65_HS1-834228961_62-HQ-83894_Section_9
Agency: FBI
Page 147
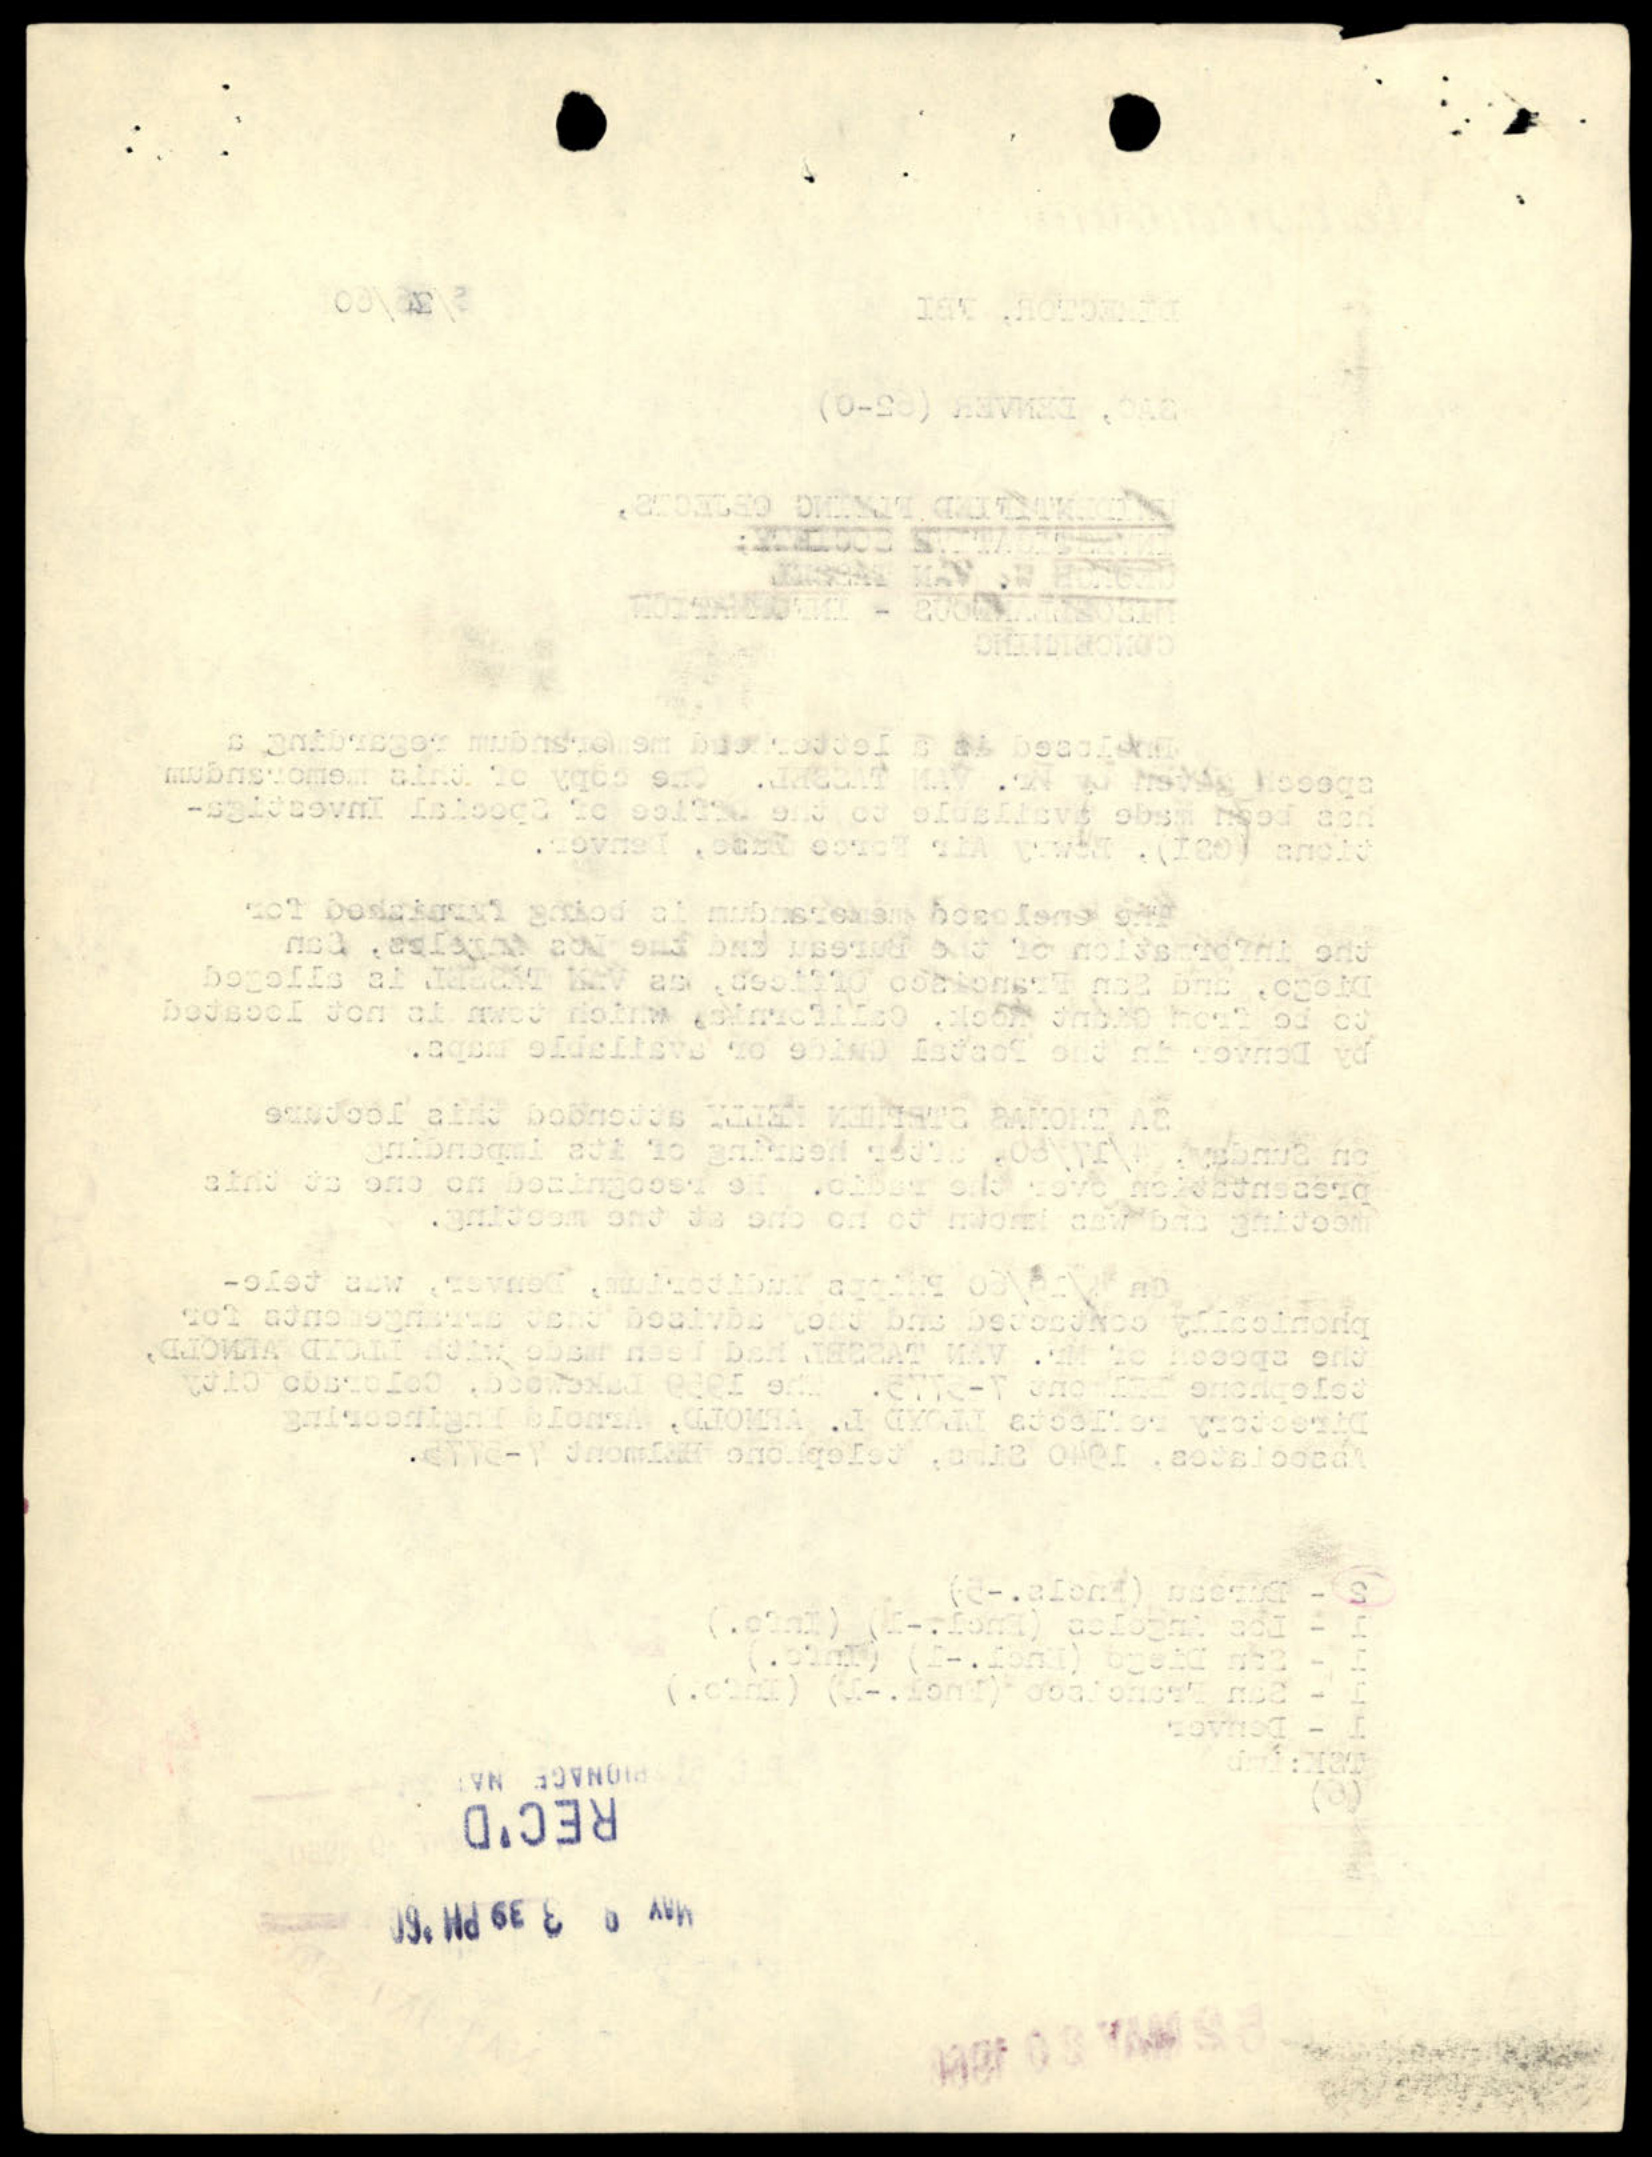